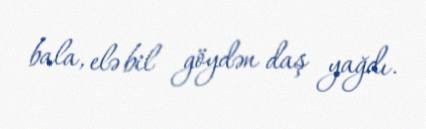
bala, elə bil göydən daş yağdı.